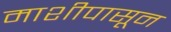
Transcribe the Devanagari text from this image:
माशीपासून